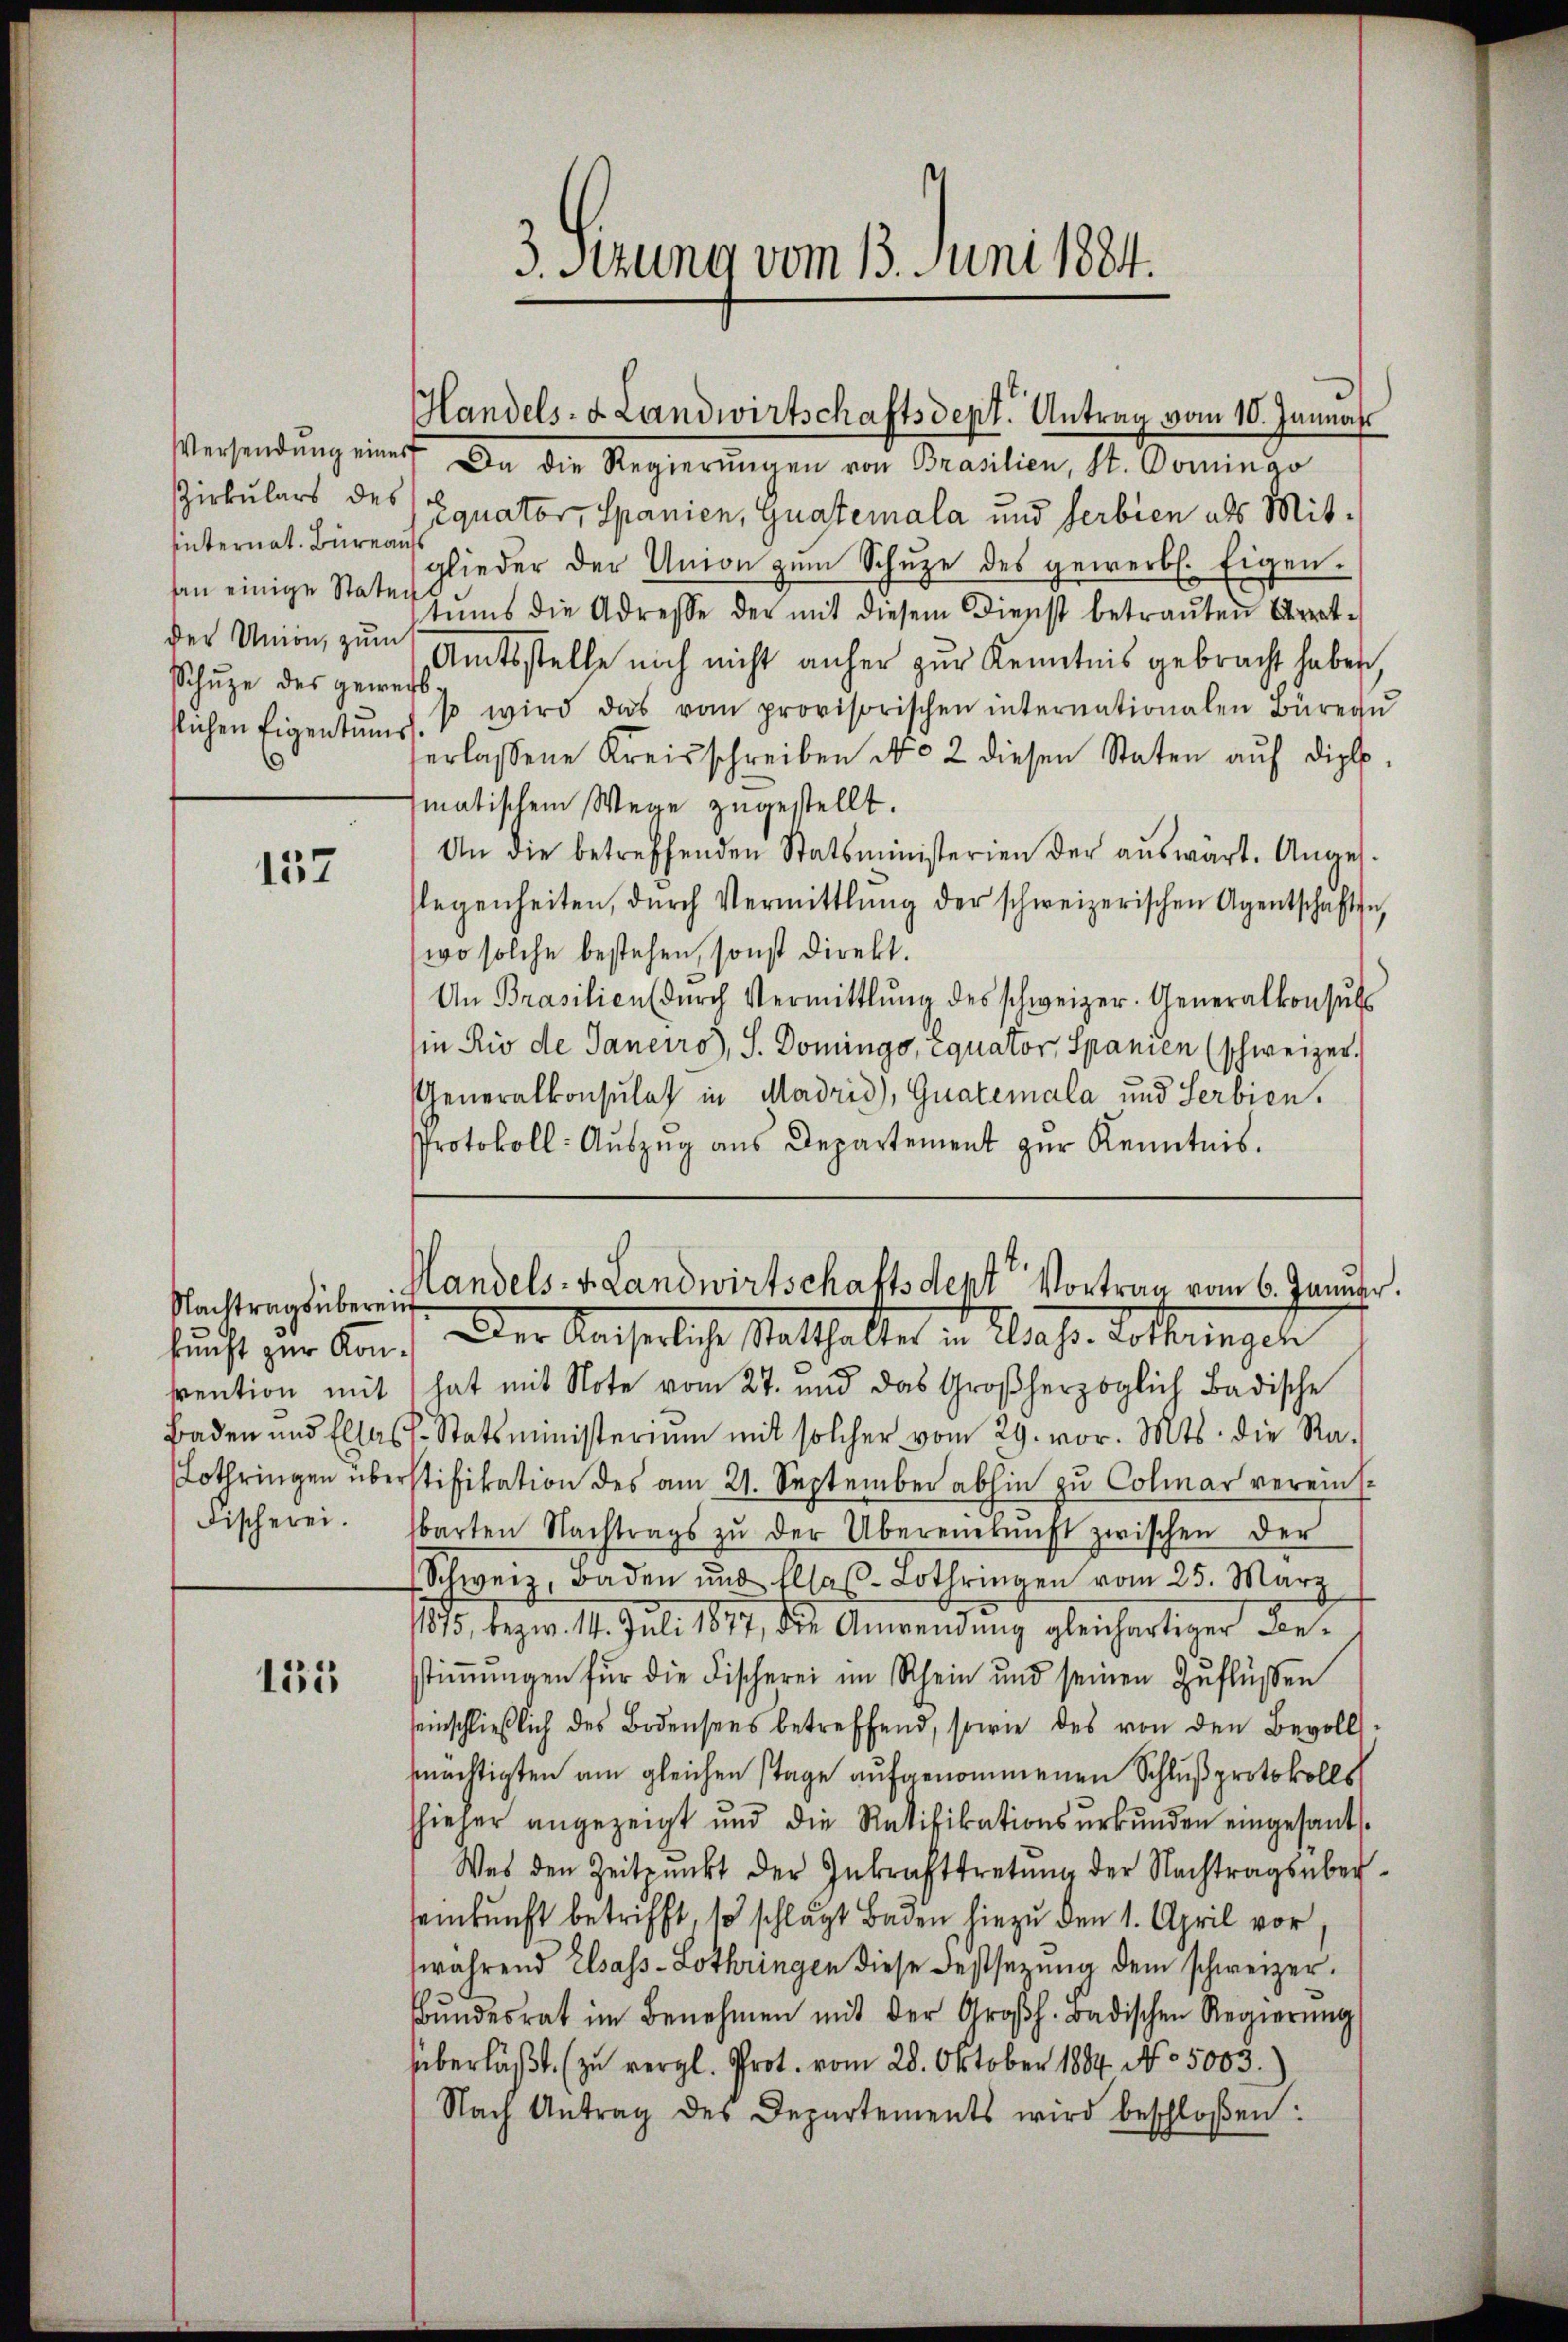
sinternat. Büreau
Schuze des gewerb¬
.

137

Nachtrags überein
kunft zur Konvention mit
Baden und Ellas
Lothringen über
Fischerei.

135

Versendŭng einer Da die Regierŭngen von Brasilien, St. Domingo
Zirkulars des Equator, Spanien, Guatemala und Serbien als Mitglieder der Union zŭm Schŭze des gewerb. Eigen.
an einige Stater zŭms die Adresse der mit diesem Dienst betraŭten Arret-
der Union, zum Amtsstelle noch nicht anher zur Kenntnis gebracht haben,
slichen Eigentums. 1 wird das vom provisorischen internationalen Büreaŭ
erlassene Kreisschreiben No 2 diesen Staten aŭf dipl.
matischem Wege zugestellt.
An die betreffenden Statsministerien der aŭswärt. Anges.
slegenheiten, dŭrch Vermittlung der schweizerischen Agentschaften,
wo solche bestehen, sonst direkt.
An Brasilien dŭrch Vermittlung des schweizer. Generalkonsŭl
in Rio de Janeiro), S. Domings, Equator Spanien (schweizer.
Generalkonsulat in Madrid), Guatemala und Serbien.
Protokoll: Aŭszŭg aŭs Departement zŭr Kenntnis.

3. Sitzung vom 13. Juni 1884.

Handels- & Landwirtschaftsdept. Antrag vom 10. Jannah

Handels- v. Landwirtschaftsdent Vortrag vom 6. Januar.

Der Kaiserliche Stathalter in Classe. Lothringen
hat mit Note vom 27. und das Großherzoglich Badische
f. Statsministeriŭm mit solcher vom 29. vor. Mts. die Ra-
stifikation des am 21. September abhin zu Colmar vereins.
barten Nachtrags zŭ der Übereinkunft zwischen der
Schweiz, Baden und Ellaβ-Lothringen vom 25. März
185, bezw. 14. Juli 1877, die Anwendŭng gleichartiger Be-
stiṁŭngen für die Fischerei im Rhein und seinen Zŭflüssen
seinschließlich des Bodensees betreffend, sowie des von den Bevolls
mächtigten am gleichen stage aufgenommenen Schluß protokolls
hieher angezeigt und die Ratifikationsŭrkŭnden eingesant.
Was den Zeitpunkt der Inkrafttretŭng der Nachtrags übereinkunft betrifft 10 schlägt Baden hiezu den 1. April vor.
während Elsass-Lothringen diese Festsezung dem schweizer.
Bŭndesrat im Benehmen mit der Großh. Badischen Regierŭng
überläßt. (zu vergl. Prot. vom 28. Oktober 1884. No. 5003.
Nach Antrag des Departements wird beschloßen: